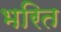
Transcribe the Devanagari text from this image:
भरित